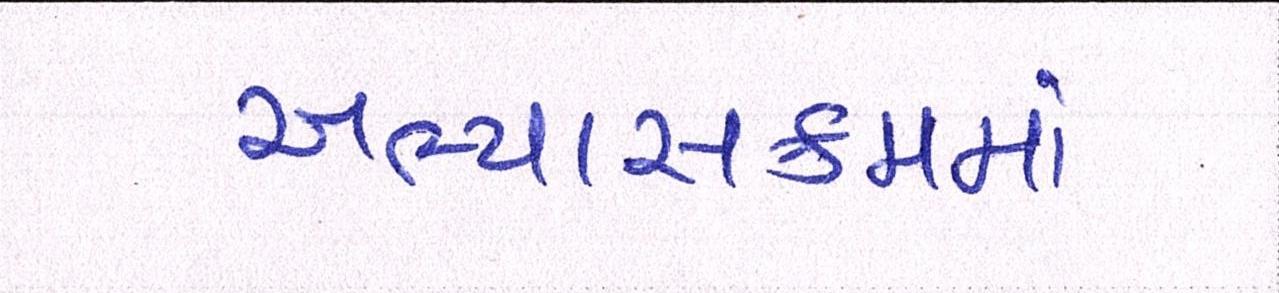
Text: અભ્યાસક્રમમાં